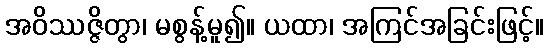
အဝိဿဇ္ဇိတွာ၊ မစွန့်မူ၍။ ယထာ၊ အကြင်အခြင်းဖြင့်။